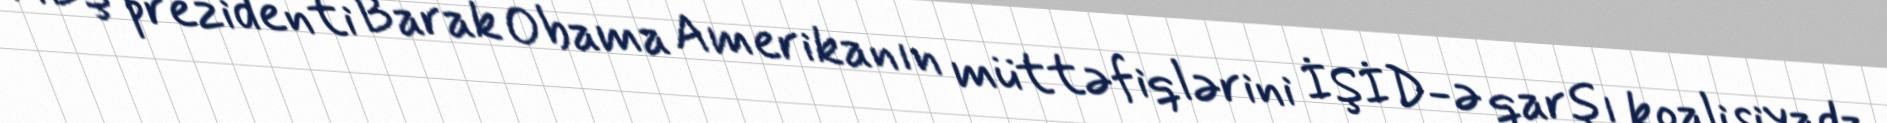
ABŞ prezidenti Barak Obama Amerikanın müttəfiqlərini İŞİD-ə qarşı koalisiyada